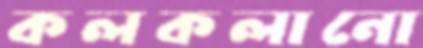
কলকলানো